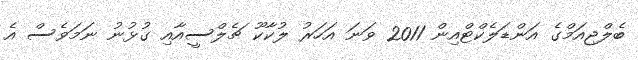
ބެލްޖިއަމްގެ އަންޑަލެކްޓްއިން 2011 ވަނަ އަހަރު ލުކާކޫ ޗެލްސީއާއި ގުޅުނު ނަމަވެސް އެ